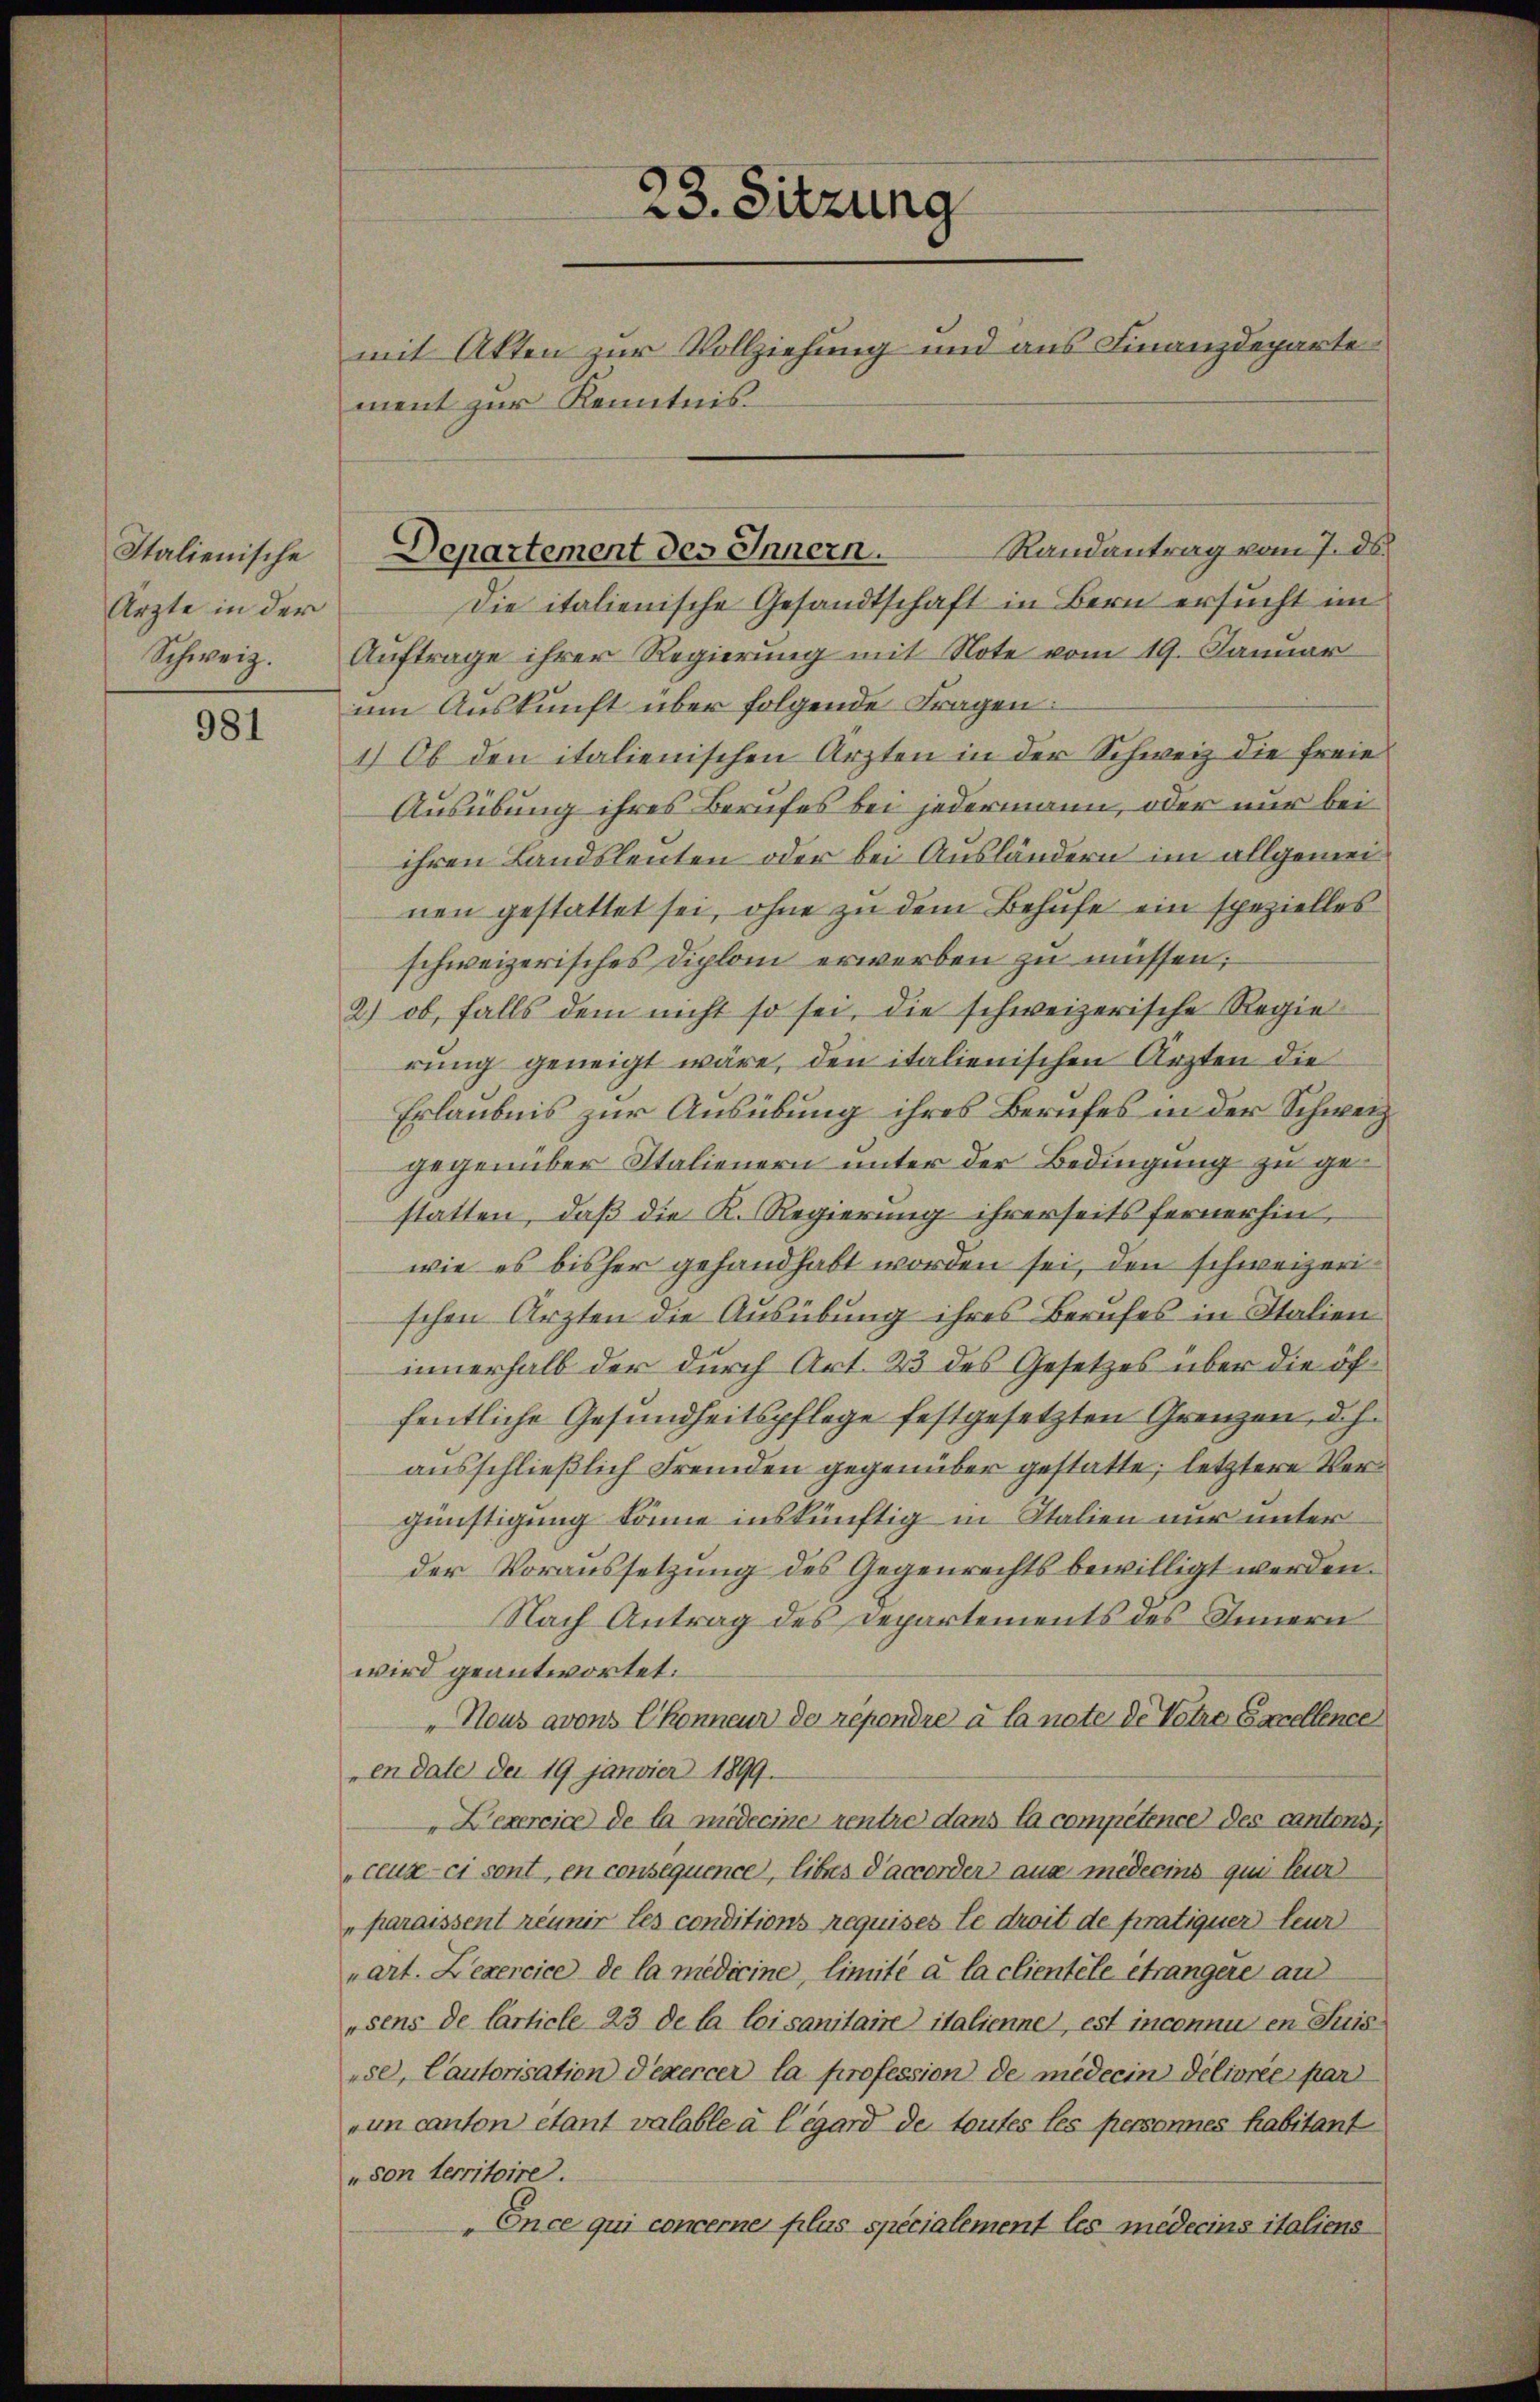
Italienische
Ärzte in der
Schweiz.

981

Die italienische Gesandtschaft in Bern ersucht im
Auftrage ihrer Regierung mit Note vom 19. Januar
um Auskunft über folgende Fragen:
1 Ob den italienischen Ärzten in der Schweiz die freie
Ausübung ihres Berufes bei jedermann, oder nur bei
ihren Landsleuten oder bei Ausländern im allgemeinen gestattet sei, ohne zu dem Behufe ein spezielles
schweizerisches Diplom erwerben zu müssen;
2) ob, falls dem nicht so sei, die schweizerische Regierung geneigt wäre, den italienischen Ärzten die
Erlaubnis zur Ausübung ihres Berufes in der Schweiz.
gegenüber Italienern unter der Bedingung zu gestatten, daß die K. Regierung ihrerseits fernerhin,
wie es bisher gehandhabt worden sei, den schweizerischen Ärzten die Ausübung ihres Berufes in Italien
innerhalb der durch Art. 23 des Gesetzes über die öffentliche Gesundheitspflege festgesetzten Grenzen, d.h.
ausschließlich Fremden gegenüber gestatte; letztere Vergünstigung könne inskünftig in Italien nur unter
der Voraussetzung des Gegenrechts bewilligt werden.
Nach Antrag des Departements des Innern
wird geantwortet:
Hous avon Ekonneur de répondre à la note de Votre Excellence
en date der 19 janvier 1899.
"Lexercice de la medecine rentre dans la compétence des Cantons;
„ceux-ci sont, en consequence, libus d’accorden aus medeeins qui leur
"paraissent réunir les conditions requises le droit de pratiquer leur
„art. Lexercice de la medicine, limité à la clientele étrangere and
"sens de Carticle 23 de la loi sanitaire italienne, est inconnu en Suis
ese, Cautorisation d’exercer la profession de medecindélivrée par
un canton étant valable à l’égard de toutes les personnes habitant
„son territoire.
Ence qui concerne plus specialement les médecins italiens

23. Sitzung
mit Akten zur Vollziehung und aus Finanzdeparte
ment zur Kenntnis

Randantrag vom 7. ds.
Departement des Innern.